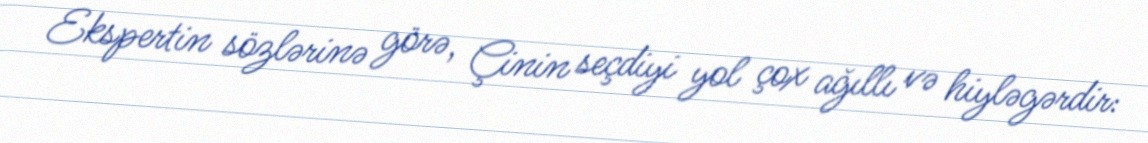
Ekspertin sözlərinə görə, Çinin seçdiyi yol çox ağıllı və hiyləgərdir: